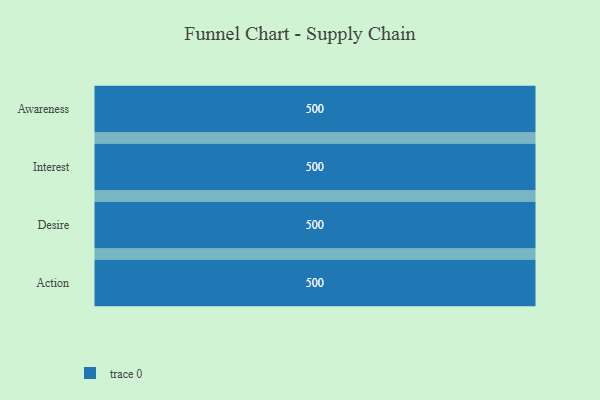
{"axis": {"x": "Stage", "y": "Value"}, "legend": [""], "data": [{"x": "Awareness", "y": 500, "type": ""}, {"x": "Interest", "y": 500, "type": ""}, {"x": "Desire", "y": 500, "type": ""}, {"x": "Action", "y": 500, "type": ""}]}